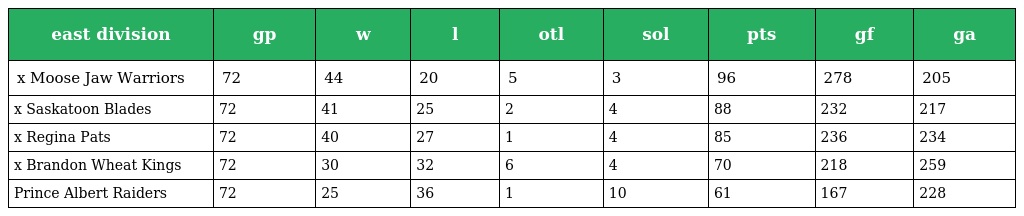
| east division | gp | w | l | otl | sol | pts | gf | ga |
 | --- | --- | --- | --- | --- | --- | --- | --- | --- |
 | x Moose Jaw Warriors | 72 | 44 | 20 | 5 | 3 | 96 | 278 | 205 |
 | x Saskatoon Blades | 72 | 41 | 25 | 2 | 4 | 88 | 232 | 217 |
 | x Regina Pats | 72 | 40 | 27 | 1 | 4 | 85 | 236 | 234 |
 | x Brandon Wheat Kings | 72 | 30 | 32 | 6 | 4 | 70 | 218 | 259 |
 | Prince Albert Raiders | 72 | 25 | 36 | 1 | 10 | 61 | 167 | 228 |